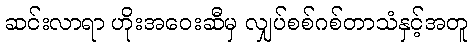
ဆင်းလာရာ ဟိုးအဝေးဆီမှ လျှပ်စစ်ဂစ်တာသံနှင့်အတူ